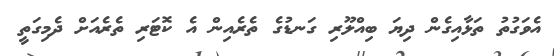
އެވަގުތު ތަޅާއިގެން ދިޔަ ބިއްލޫރި ގަނޑުގެ ތެރެއިން އެ ކޮޓަރި ތެރެއަށް ދެމިގަތީ